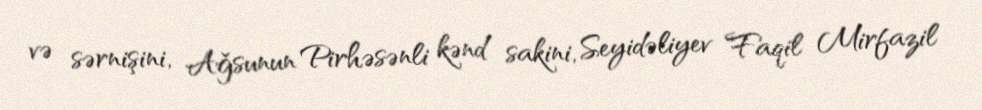
və sərnişini, Ağsunun Pirhəsənli kənd sakini, Seyidəliyev Faqil Mirfazil